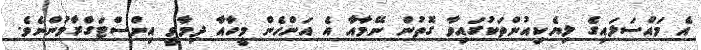
އެ މައްސަލައިގެ ލިޔެކިއުންތަކުގައިވާ ގޮތުން ނޭމާއާ އެ އަންހެން މީހާއާ ދިމާވީ އިންސްޓަގްރާމުންނެވެ.